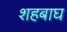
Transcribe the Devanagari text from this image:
शहबाघ